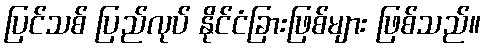
ပြင်သစ် ပြည်လုပ် နိုင်ငံခြားဖြစ်များ ဖြစ်သည်။